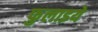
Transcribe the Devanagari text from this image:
फुलाइये